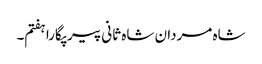
شاہ مردان شاہ ثانی پیر پگارا ہفتم۔